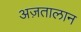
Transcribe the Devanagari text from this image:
अज़तालान